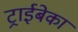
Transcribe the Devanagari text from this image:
ट्राईबेका